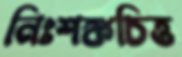
নিঃশঙ্কচিত্ত